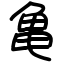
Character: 亀